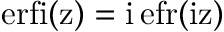
\mathrm { e r f i ( z ) } = \mathrm { i \, e f r ( \mathrm { i z ) } }